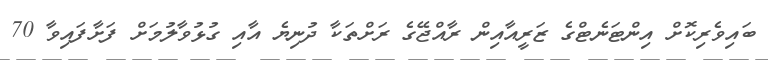
ބައިވެރިކޮށް އިންޓަނެޓްގެ ޒަރީއާއިން ރާއްޖޭގެ ރަށްތަކާ ދުނިޔެ އާއި ގުޅުވާލުމަށް ފަށާފައިވާ 70